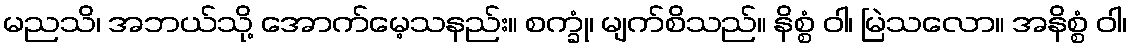
မညသိ၊ အဘယ်သို့ အောက်မေ့သနည်း။ စက္ခုံ၊ မျက်စိသည်။ နိစ္စံ ဝါ၊ မြဲသလော။ အနိစ္စံ ဝါ၊